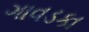
ગાવડકા